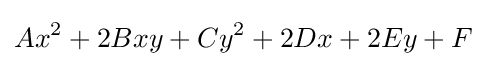
Ax^{2}+2Bxy+Cy^{2}+2Dx+2Ey+F